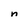
Character: n